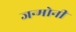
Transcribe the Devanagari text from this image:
जन्मोनी